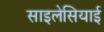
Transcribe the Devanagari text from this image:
साइलेसियाई